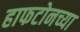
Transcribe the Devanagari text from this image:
हाफटोनच्या